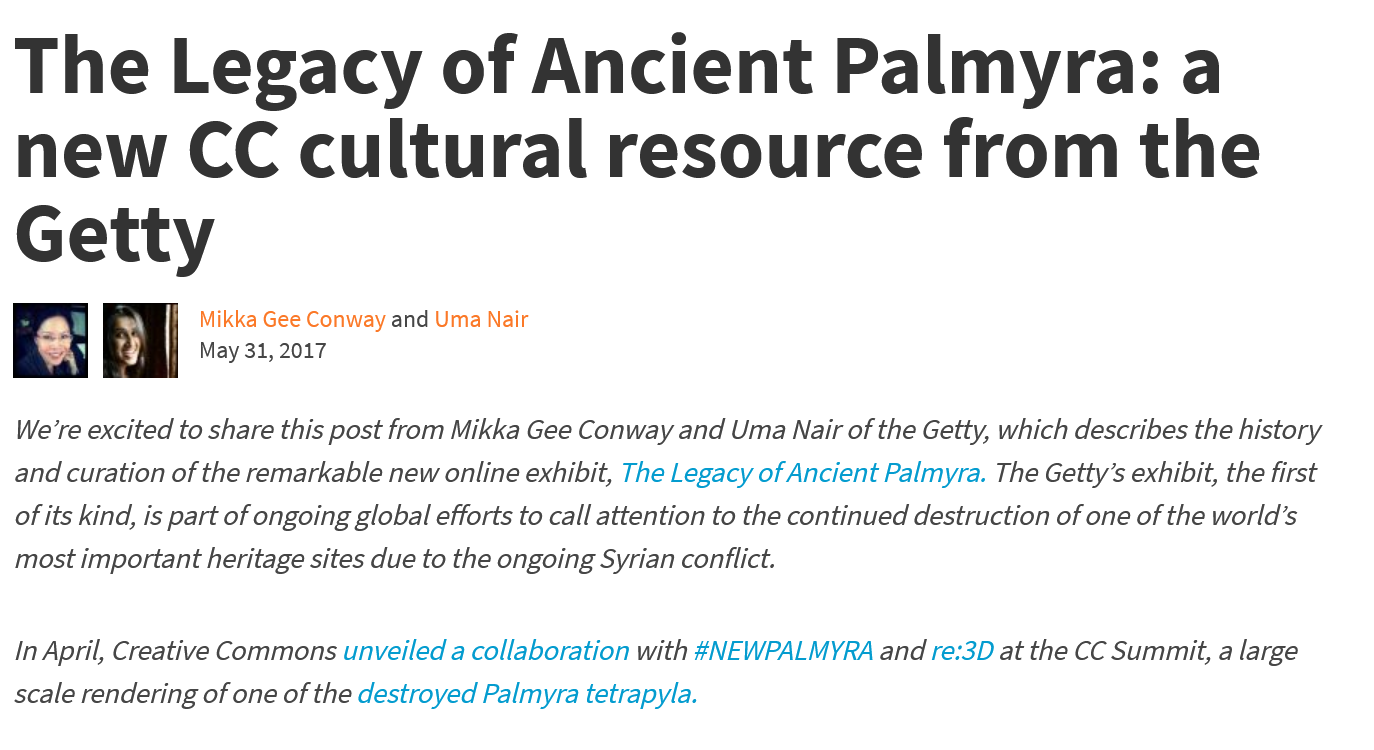
The    Legacy    of    Ancient    Palmyra:    a
  new    CC    cultural    resource    from    the
  Getty
     Mikka Gee Conway and Uma Nair
     May 31, 2017
  We’re excited to share this post from Mikka Gee Conway and Uma Nair of the Getty, which describes the history
  and curation of the remarkable new online exhibit, The Legacy of Ancient Palmyra. The Getty’s exhibit, the first
  of its kind, is part of ongoing global efforts to call attention to the continued destruction of one of the world’s
  most important heritage sites due to the ongoing Syrian conflict.
  In April, Creative Commons unveiled a collaboration with #NEWPALMYRA and re:3D at the CC Summit, a large
  scale rendering of one of the destroyed Palmyra tetrapyla.